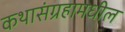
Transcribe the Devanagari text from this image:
कथासंग्रहामधील